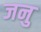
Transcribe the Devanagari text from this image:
जनु